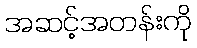
အဆင့်အတန်းကို